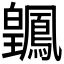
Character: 𬐑